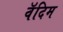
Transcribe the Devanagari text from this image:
वॅदिम